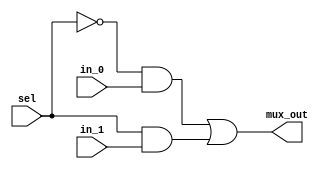
`timescale 1ns / 1ps
//////////////////////////////////////////////////////////////////////////////////
// Company: 
// Engineer: 
// 
// Design Name: 
// Module Name: mux_21
// Project Name: 
// Target Devices: 
// Tool Versions: 
// Description: 
// 
// Dependencies: 
// 
// Revision:
// Revision 0.01 - File Created
// Additional Comments:
// 
//////////////////////////////////////////////////////////////////////////////////


module mux_21(in_0,in_1,sel,mux_out);

input in_0,in_1,sel;
output mux_out;
assign mux_out=((~sel) & in_0)|(sel & in_1);

endmodule